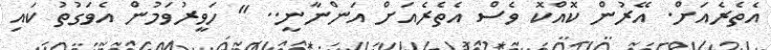
އެތެރެއަށް. އޭރުން ކޮއްކޮ ވެސް އެތެރެއަށް އަންނާނީ.. " ހަވީރުވަމުން އެވަގުތު ކައި